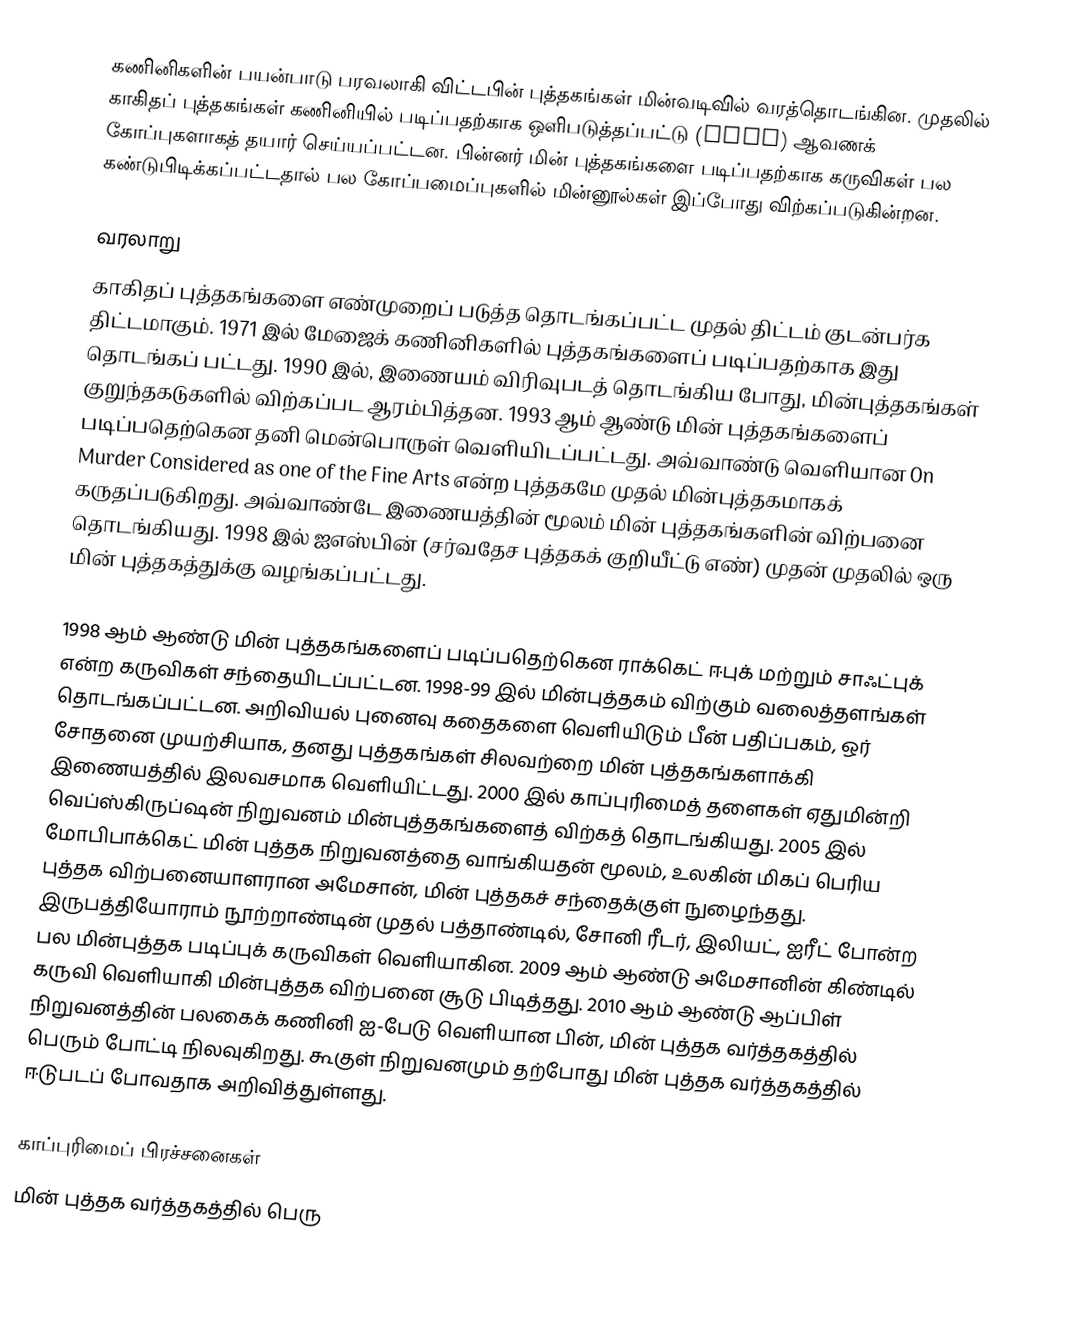
கணினிகளின் பயன்பாடு பரவலாகி விட்டபின் புத்தகங்கள் மின்வடிவில் வரத்தொடங்கின. முதலில் காகிதப் புத்தகங்கள் கணினியில் படிப்பதற்காக ஒளிபடுத்தப்பட்டு (scan) ஆவணக் கோப்புகளாகத் தயார் செய்யப்பட்டன. பின்னர் மின் புத்தகங்களை படிப்பதற்காக கருவிகள் பல கண்டுபிடிக்கப்பட்டதால் பல கோப்பமைப்புகளில் மின்னூல்கள் இப்போது விற்கப்படுகின்றன.

வரலாறு
காகிதப் புத்தகங்களை எண்முறைப் படுத்த தொடங்கப்பட்ட முதல் திட்டம் குடன்பர்க திட்டமாகும். 1971 இல் மேஜைக் கணினிகளில் புத்தகங்களைப் படிப்பதற்காக இது தொடங்கப் பட்டது. 1990 இல், இணையம் விரிவுபடத் தொடங்கிய போது, மின்புத்தகங்கள் குறுந்தகடுகளில் விற்கப்பட ஆரம்பித்தன. 1993 ஆம் ஆண்டு மின் புத்தகங்களைப் படிப்பதெற்கென தனி மென்பொருள் வெளியிடப்பட்டது. அவ்வாண்டு வெளியான On Murder Considered as one of the Fine Arts  என்ற புத்தகமே முதல் மின்புத்தகமாகக் கருதப்படுகிறது. அவ்வாண்டே இணையத்தின் மூலம் மின் புத்தகங்களின் விற்பனை தொடங்கியது. 1998 இல் ஐஎஸ்பின் (சர்வதேச புத்தகக் குறியீட்டு எண்) முதன் முதலில் ஒரு மின் புத்தகத்துக்கு வழங்கப்பட்டது.

1998 ஆம் ஆண்டு மின் புத்தகங்களைப் படிப்பதெற்கென ராக்கெட் ஈபுக் மற்றும் சாஃட்புக் என்ற கருவிகள் சந்தையிடப்பட்டன. 1998-99 இல் மின்புத்தகம் விற்கும் வலைத்தளங்கள் தொடங்கப்பட்டன. அறிவியல் புனைவு கதைகளை வெளியிடும் பீன் பதிப்பகம், ஒர் சோதனை முயற்சியாக, தனது புத்தகங்கள் சிலவற்றை மின் புத்தகங்களாக்கி இணையத்தில் இலவசமாக வெளியிட்டது. 2000 இல் காப்புரிமைத் தளைகள் ஏதுமின்றி வெப்ஸ்கிருப்ஷன் நிறுவனம் மின்புத்தகங்களைத் விற்கத் தொடங்கியது. 2005 இல் மோபிபாக்கெட் மின் புத்தக நிறுவனத்தை வாங்கியதன் மூலம், உலகின் மிகப் பெரிய புத்தக விற்பனையாளரான அமேசான், மின் புத்தகச் சந்தைக்குள் நுழைந்தது. இருபத்தியோராம் நூற்றாண்டின் முதல் பத்தாண்டில், சோனி ரீடர், இலியட், ஐரீட் போன்ற பல மின்புத்தக படிப்புக் கருவிகள் வெளியாகின. 2009 ஆம் ஆண்டு அமேசானின் கிண்டில் கருவி வெளியாகி மின்புத்தக விற்பனை சூடு பிடித்தது. 2010 ஆம் ஆண்டு ஆப்பிள் நிறுவனத்தின் பலகைக் கணினி ஐ-பேடு வெளியான பின், மின் புத்தக வர்த்தகத்தில் பெரும் போட்டி நிலவுகிறது. கூகுள் நிறுவனமும் தற்போது மின் புத்தக வர்த்தகத்தில் ஈடுபடப் போவதாக அறிவித்துள்ளது.

காப்புரிமைப் பிரச்சனைகள்
மின் புத்தக வர்த்தகத்தில் பெரு